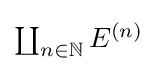
\textstyle \coprod _{n\in \mathbb {N} }E^{(n)}